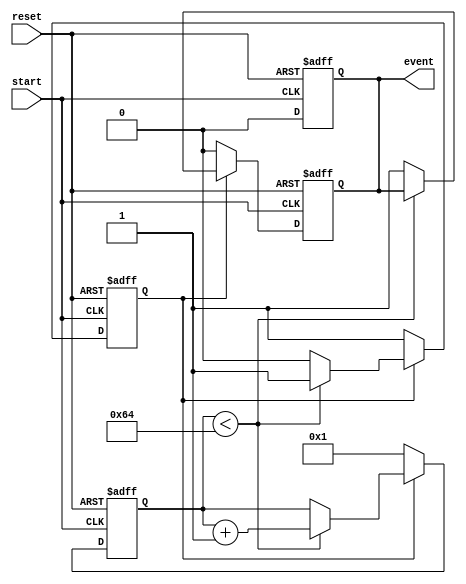
module TimerEventControl #(
    parameter TIME_INTERVAL = 100 // Time interval in simulation time units
)(
    input wire start,              // Start signal
    input wire reset,              // Reset signal
    output reg event               // Event signal
);

    reg [31:0] timer_count;        // Timer counter
    reg counting;                  // Counting state

    // Always block for timer control
    always @(posedge start or posedge reset) begin
        if (reset) begin
            timer_count <= 0;      // Reset timer count
            counting <= 0;         // Stop counting
            event <= 0;           // Clear event signal
        end else if (counting) begin
            if (timer_count < TIME_INTERVAL) begin
                timer_count <= timer_count + 1; // Increment timer
            end else begin
                event <= 1;         // Assert event signal
                counting <= 0;      // Stop counting after reaching interval
            end
        end else begin
            counting <= 1;          // Start counting on start signal
            timer_count <= 1;       // Initialize timer count to 1
            event <= 0;             // Clear event signal
        end
    end

    // Always block to handle event duration
    always @(posedge reset or posedge start) begin
        if (reset) begin
            event <= 0;             // Clear event signal on reset
        end else if (event) begin
            // Keep event asserted for one clock cycle
            event <= 0;             // Deassert event signal after one cycle
        end
    end

endmodule